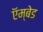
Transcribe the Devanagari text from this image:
ऍम्बेड